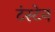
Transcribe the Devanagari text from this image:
टंस्टेन